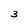
Character: 3